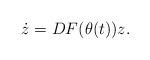
LaTeX: \begin{align*}\dot z= DF(\theta(t))z.\end{align*}